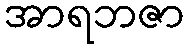
အာရဘဇာ